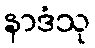
နာဒံသု